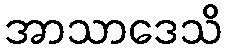
အာသာဒေသိ